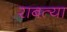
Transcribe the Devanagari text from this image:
राबत्या